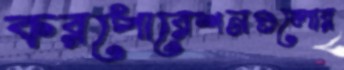
করপোরেশনগুলোর